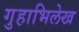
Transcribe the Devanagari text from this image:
गुहाभिलेख